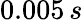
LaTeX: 0.005\, s